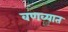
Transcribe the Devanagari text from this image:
वणव्यात